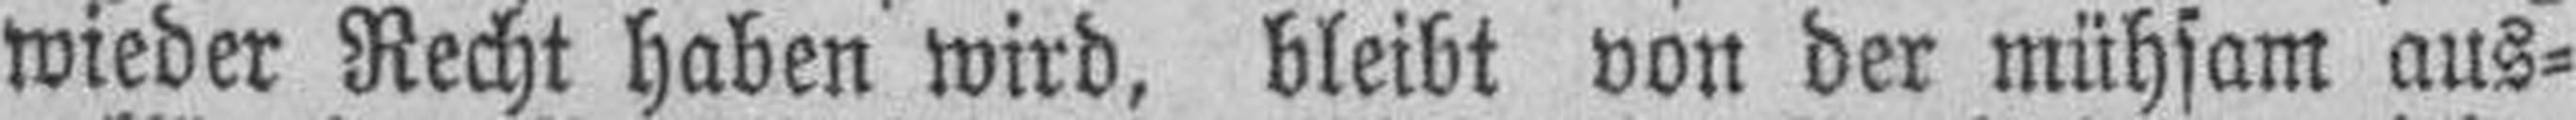
wieder Recht haben wird, bleibt von der mühsam aus¬